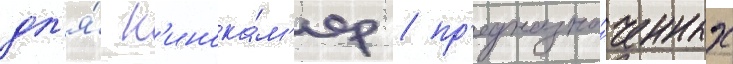
дл'я́ к'инока́м'ер / пр'едназна́ченных